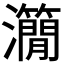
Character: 𤄒